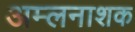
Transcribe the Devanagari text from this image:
अम्लनाशक